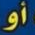
أو